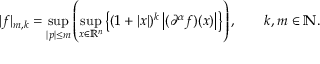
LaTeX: | f | _ { m , k } = \operatorname* { s u p } _ { | p | \leq m } \left( \operatorname* { s u p } _ { x \in \mathbb { R } ^ { n } } \left\{ ( 1 + | x | ) ^ { k } \left| ( \partial ^ { \alpha } f ) ( x ) \right| \right\} \right) , \qquad k , m \in \mathbb { N } .